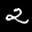
Label: 2